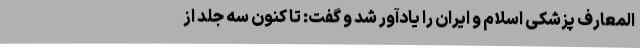
المعارف پزشکی اسلام و ایران را یادآور شد و گفت: تا کنون سه جلد از